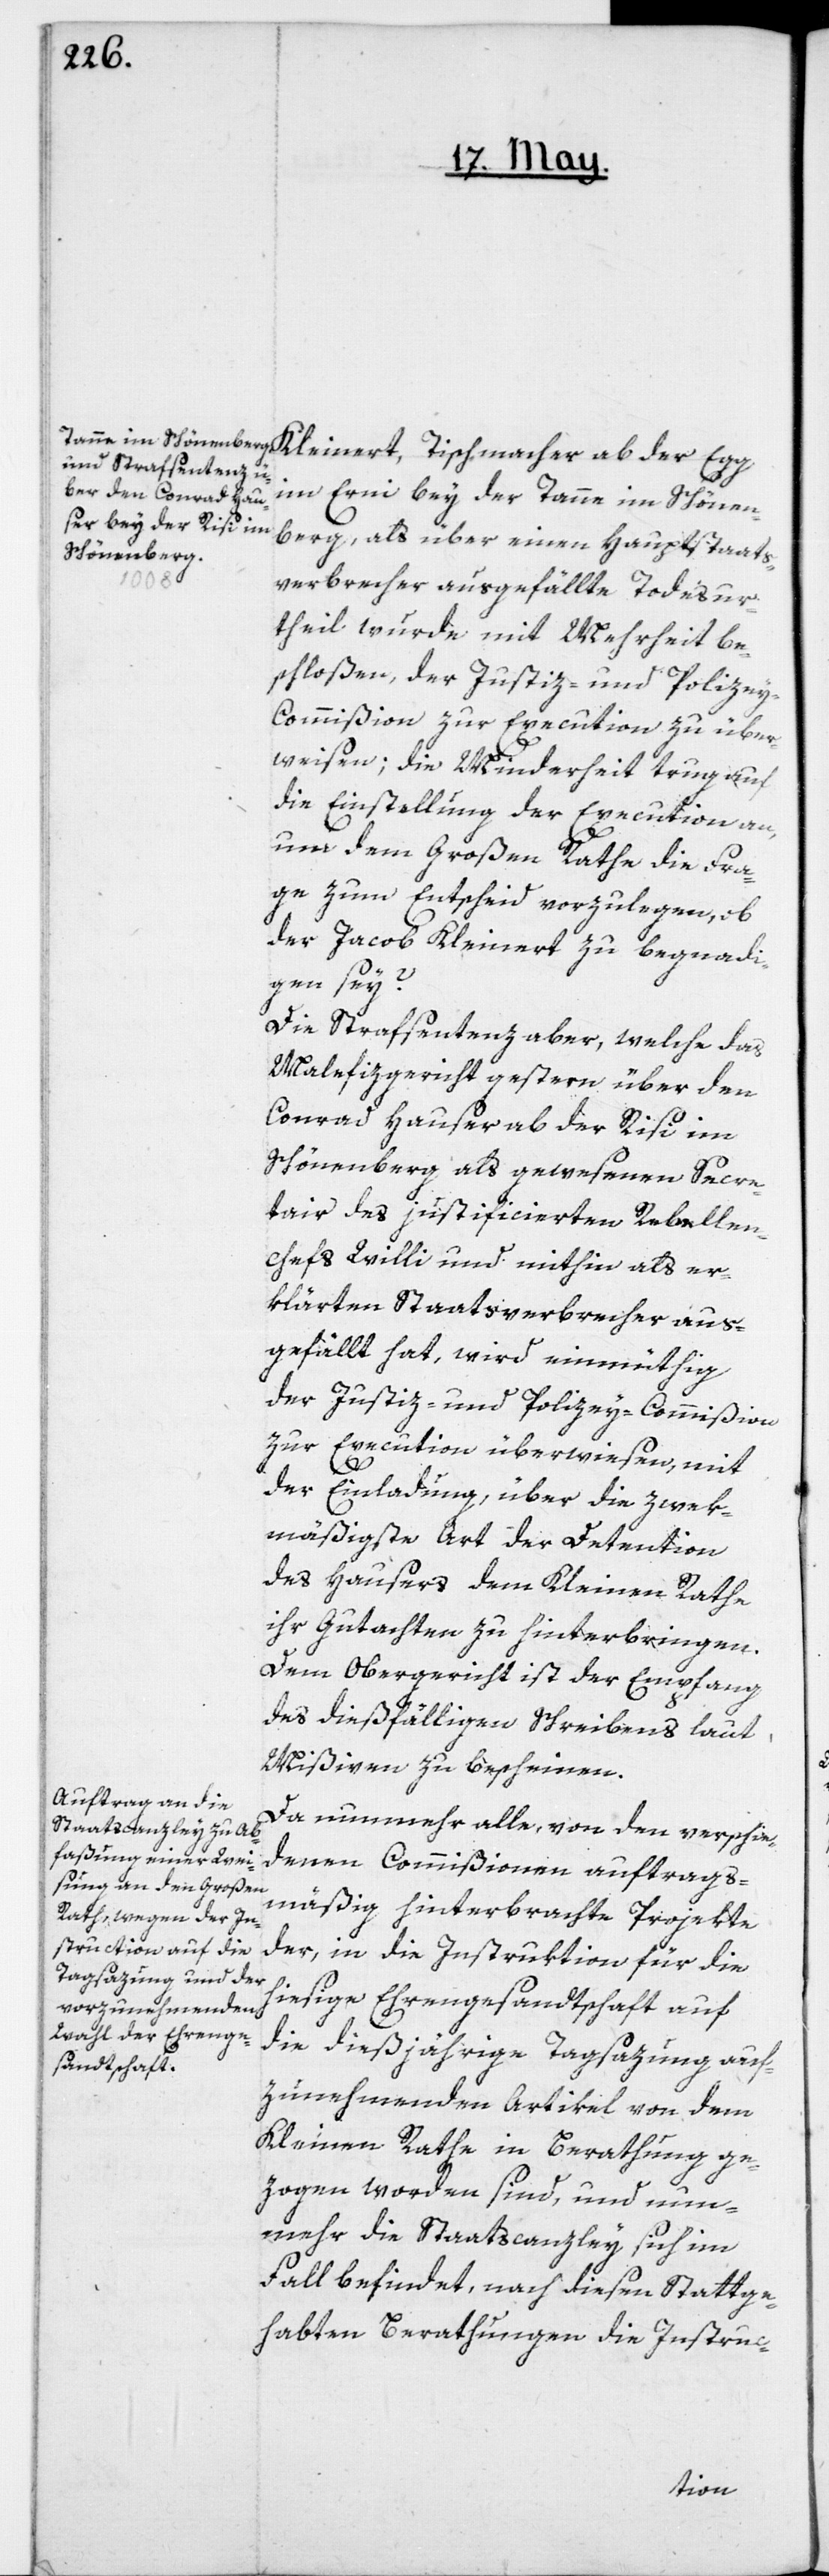
im Erni bey der Tanne im Schönen¬
berg, als über einen Hauptstaats¬
verbrecher ausgefällte Todesur¬
theil wurde mit Mehrheit be¬
schloßen, der Justiz- und Polize¬
y-Commißion zur Execution zu über¬
weisen; die Minderheit trug auf
die Einstellung der Execution an,
um dem Großen Rathe die Fra¬
ge zum Entscheid vorzulegen, ob
der Jakob Kleinert zu begnadi¬
gen sey?
Die Strafsentenz aber, welche das
Malefizgericht gestern über den
Conrad Hauser ab der Risi im
Schönenberg als gewesenen Secre¬
tair des justificierten Rebellen¬
chefs Willi und mithin als er¬
klärten Staatsverbrecher aus¬
gefällt hat, wird einmüthig
der Justiz- und Polizey-Commißion
zur Execution überwiesen, mit
der Einladung, über die zwek¬
mäßigste Art der Detention
des Hausers dem Kleinen Rathe
ihr Gutachten zu hinterbringen.
Dem Obergericht ist der Empfang
des dießfälligen Schreibens laut
Mißiven zu bescheinen.
Da nunmehr alle, von den verschie¬
denen Commißionen auftrags¬
mäßig hinterbrachte Projekte
der, in die Instruktion für die
hiesige Ehrengesandtschaft auf
die dießjährige Tagsazung auf¬
zunehmenden Artikel von dem
Kleinen Rathe in Berathung ge¬
zogen worden sind, und nun¬
mehr die Staatscanzley sich im
Fall befindet, nach diesen stattge¬
habten Berathungen die Instruc-